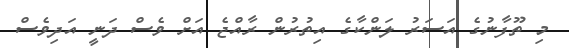
މި ތޫފާނުގެ އަސަރު ލަންކާގެ އިތުރުން ރާއްޖެ އަށް ވެސް ދަނީ އަދިވެސް